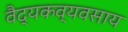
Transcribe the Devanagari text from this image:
वैद्यकव्यवसाय